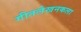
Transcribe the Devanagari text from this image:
गीतलेखनकला